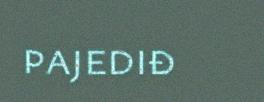
pajediđ